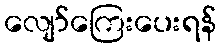
လျော်ကြေးပေးရန်